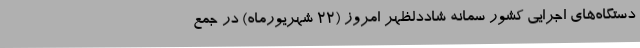
دستگاه‌های اجرایی کشور سمانه شاددلظهر امروز (22 شهریورماه) در جمع